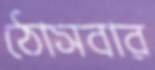
ঠোসবার